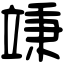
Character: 𥪕